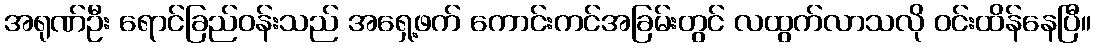
အရုဏ်ဦး ရောင်ခြည်ဝန်းသည် အရှေ့ဖက် ကောင်းကင်အခြမ်းတွင် လထွက်လာသလို ဝင်းထိန်နေပြီ။